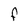
Character: F